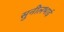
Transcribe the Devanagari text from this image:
सुनीलभाई